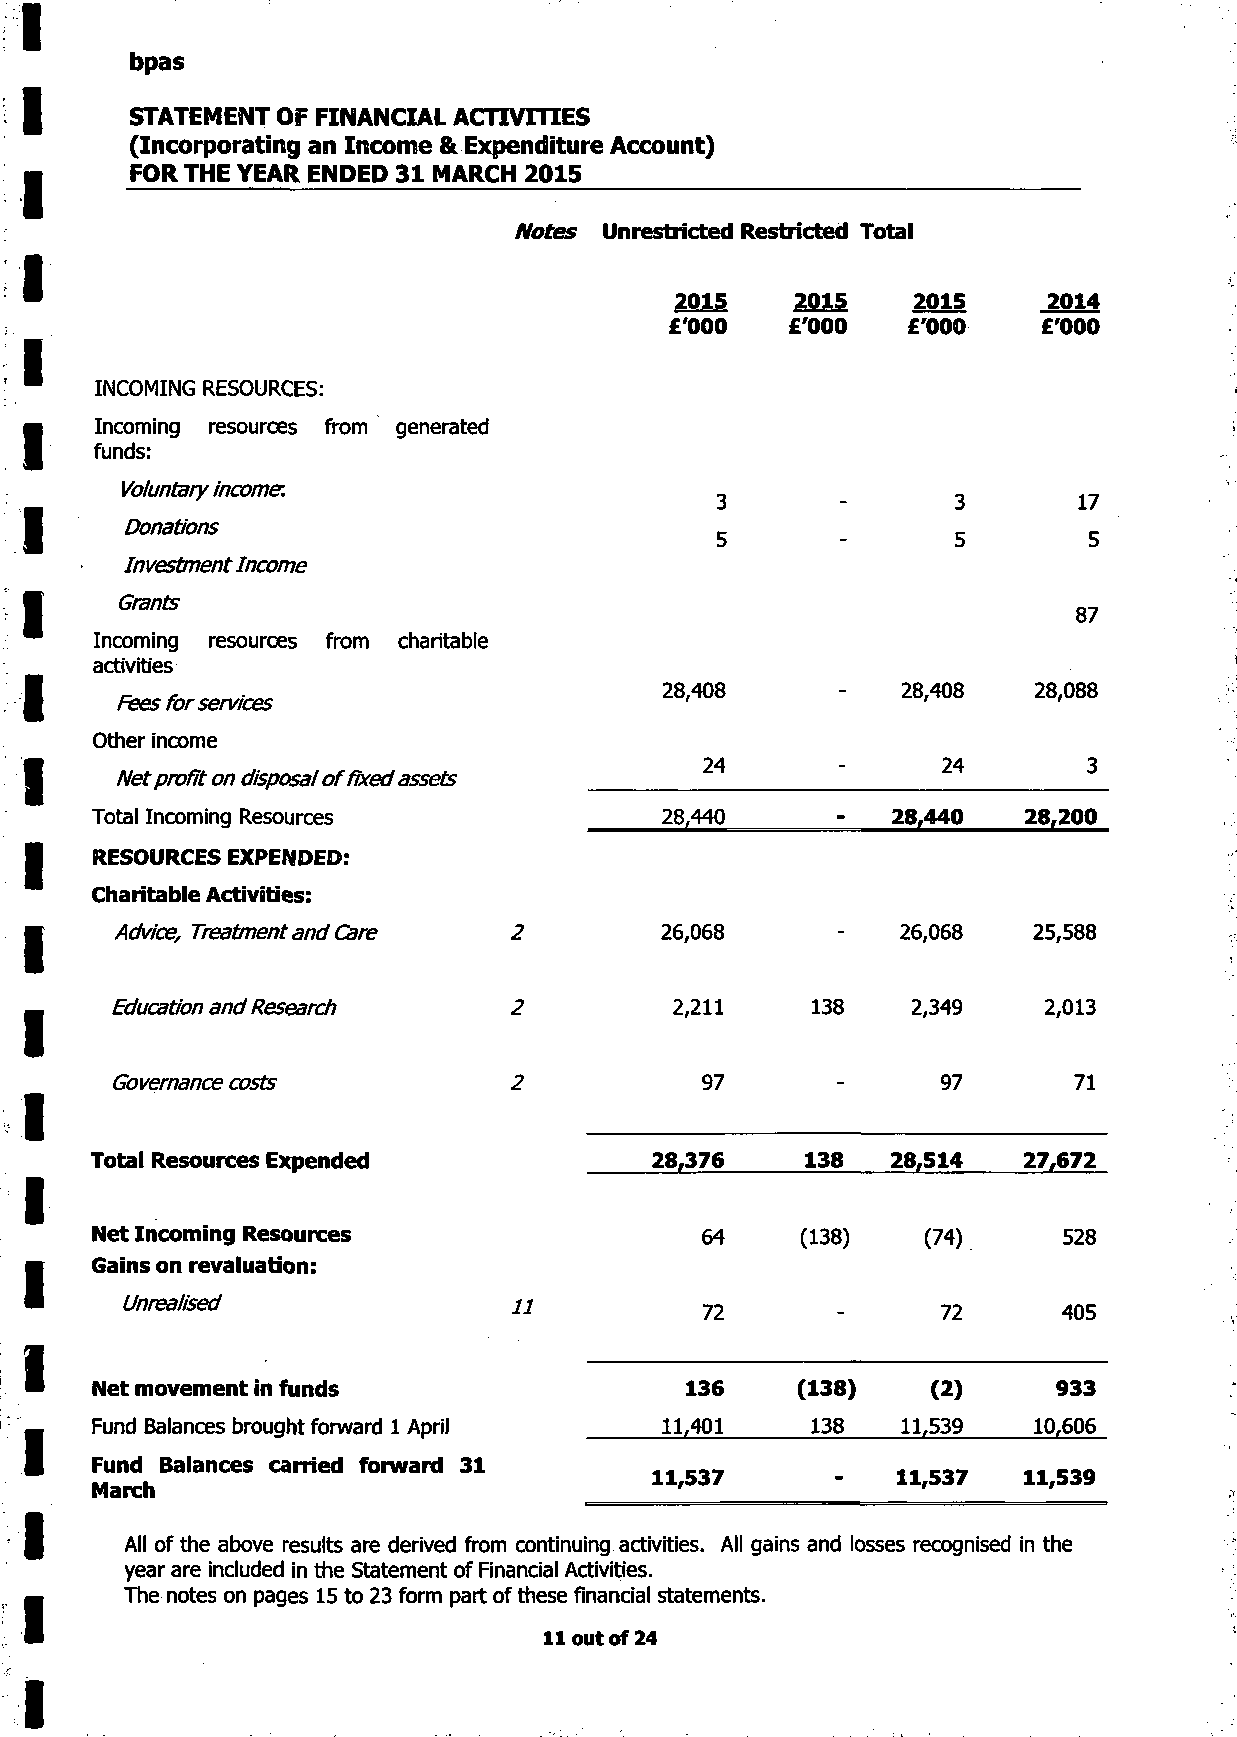
bpas
 STATEMENT OF FINANCIAL ACTIVITIES
 (Incorporating an Income & Expenditure Account)
 FOR THE YEAR ENDED 31 MARCH 2015
 Notes Unrestricted Restricted Total
 2015    2015   2015     2014
 £'000   £'000   £'000    £'000
 INCOMING RESOURCES:
 Incoming resources from generated
 funds:
 Voluntary income.
 3               3       17
 Donations
 5               5        5
 Investment Income
 Grants
 87
 Incoming resources from charitable
 activities
 28,408          28,408  28,088
 Fees for services
 Other income
 2244    -      2244      3
 Net profit on disposal of fixed assets
 Total Incoming Resources              28,440     -   28,440   28,200
 RESOURCES EXPENDED:
 Charitable Activities:
 Advice, Treatment and Care 2        26,068     -    26,068  25,588
 Education and Research      2         2,211    138   2,349    2,013
 Governance costs            2          97       -      97       71
 Total Resources Expended             28,376    138   28,514   27,672
 Net Incoming Resources                  64     (138)   (74)     528
 Gains on revaluation:
 Unrealised                u
 72       -      72      405
 Net movement in funds                  136     (138)    (2)     933
 Fund Balances brought forward 1 April 11,401    138   11,539  10,606
 Fund Balances carried forward 31
 11,537      -   11,537   11,539
 March
 All of the above results are derived from continuing activities. All gains and losses recognised in the
 year are included in the Statement of Financial Activities.
 The notes on pages 15 to 23 form part of these financial statements.
 11 out of 24